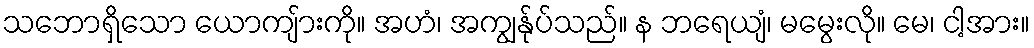
သဘောရှိသော ယောကျ်ားကို။ အဟံ၊ အကျွန်ုပ်သည်။ န ဘရေယျံ၊ မမွေးလို။ မေ၊ ငါ့အား။